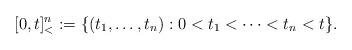
LaTeX: \begin{align*} [0,t]^n_< := \{(t_1,\dots,t_n): 0 < t_1 < \cdots < t_n < t\}. \end{align*}